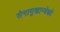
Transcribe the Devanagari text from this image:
सेनामुखान्येको